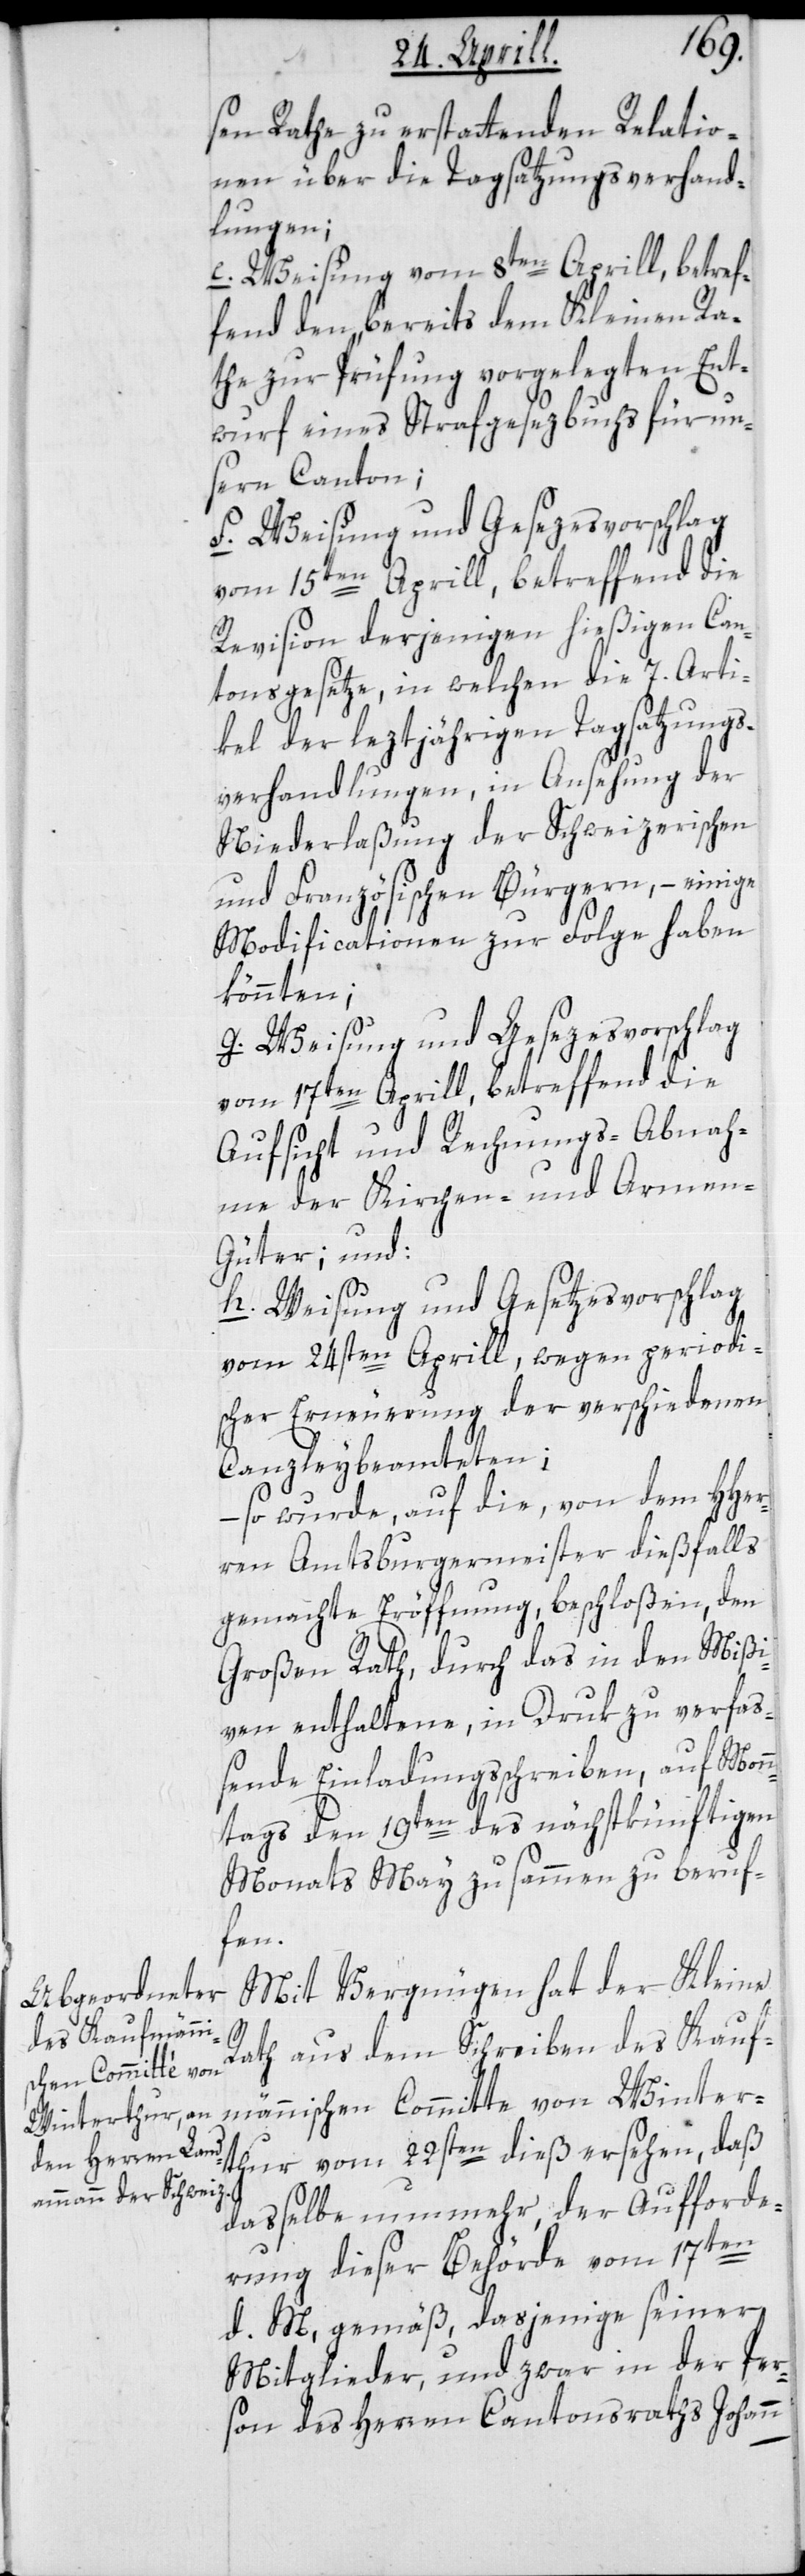
sen Rathe zu erstattenden Relatio¬
nen über die Tagsatzungs-Verhand¬
lungen;
e. Weisung vom 8ten Aprill, betref¬
fend den bereits dem Kleinen Ra¬
the zur Prüffung vorgelegten Ent¬
wurf eines Strafgesezbuchs für un¬
sern Canton;
f. Weisung und Gesezesvorschlag
vom 15ten Aprill, betreffend die
Revision derjenigen hießigen Can¬
tonsgesetze, in welchen die 7. Arti¬
kel der leztjährigen Tagsatzungs¬
verhandlungen, in Ansehung der
Niederlaßung der Schweizerischen
und Französischen Bürgern, – einige
Modificationen zur Folge haben
könnten;
g. Weisung und Gesezesvorschlag
vom 17ten Aprill, betreffend die
Aufsicht und Rechnungs-Abnah¬
me der Kirchen- und Armen¬
güter; und:
h. Weisung und Gesetzesvorschlag
vom 24sten Aprill, wegen periodi¬
scher Erneuerung der verschiedenen
Canzleybeamteten;
so wurde, auf die, von dem HHer¬
ren Amtsburgermeister dießfalls
gemachte Eröffnung, beschloßen, den
Großen Rath, durch das in den Mißi¬
ven enthaltene, in Druk zu verfaß¬
ende Einladungsschreiben, auf Mon¬
ntags den 19ten des nächstkünftigen
Monats May zusammen zu beruf¬
fen.
Mit Vergnügen hat der Kleine
Rath aus dem Schreiben des Kauf¬
männischen Committé von Winter¬
thur vom 22ten dieß ersehen, daß
dasselbe nunmehr, der Aufforde¬
rung dieser Behörde vom 17ten
d. M. gemäß, dasjenige seiner
Mitglieder, und zwar in der Per¬
son des Herren Cantonsraths Johann